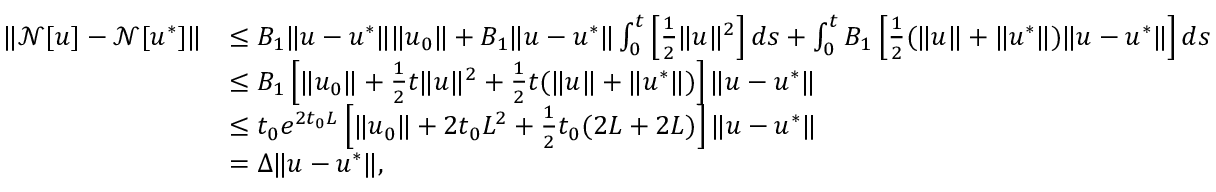
\begin{array} { r l } { \| \mathcal { N } [ u ] - \mathcal { N } [ u ^ { * } ] \| } & { \leq B _ { 1 } \| u - u ^ { * } \| \| u _ { 0 } \| + B _ { 1 } \| u - u ^ { * } \| \int _ { 0 } ^ { t } \left[ \frac { 1 } { 2 } \| u \| ^ { 2 } \right] d s + \int _ { 0 } ^ { t } B _ { 1 } \left[ \frac { 1 } { 2 } ( \| u \| + \| u ^ { * } \| ) \| u - u ^ { * } \| \right] d s } \\ & { \leq B _ { 1 } \left[ \| u _ { 0 } \| + \frac { 1 } { 2 } t \| u \| ^ { 2 } + \frac { 1 } { 2 } t ( \| u \| + \| u ^ { * } \| ) \right] \| u - u ^ { * } \| } \\ & { \leq t _ { 0 } e ^ { 2 t _ { 0 } L } \left[ \| u _ { 0 } \| + 2 t _ { 0 } L ^ { 2 } + \frac { 1 } { 2 } t _ { 0 } ( 2 L + 2 L ) \right] \| u - u ^ { * } \| } \\ & { = \Delta \| u - u ^ { * } \| , } \end{array}